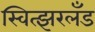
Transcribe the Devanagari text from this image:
स्वित्झरलँड